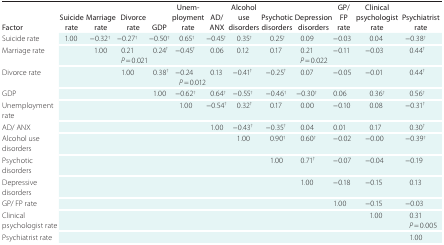
| Factor | Suicide rate | Marriage rate | Divorce rate | GDP | Unemployment rate | AD/ ANX | Alcohol use disorders | Psychotic disorders | Depression disorders | GP/FP rate | Clinical psychologist rate | Psychiatrist rate |
 | --- | --- | --- | --- | --- | --- | --- | --- | --- | --- | --- | --- | --- |
 | Suicide rate | 1.00 | −0.32 † | −0.27 † | −0.50 † | 0.65 † | −0.45 † | 0.35 † | 0.25 † | 0.09 | −0.03 | 0.04 | −0.38 † |
 | Marriage rate |  | 1.00 | 0.21 P = 0.021 | 0.24 † | −0.45 † | 0.06 | 0.12 | 0.17 | 0.21 P = 0.022 | −0.11 | −0.03 | 0.44 † |
 | Divorce rate |  |  | 1.00 | 0.38 † | −0.24 P = 0.012 | 0.13 | −0.41 † | −0.25 † | 0.07 | −0.05 | −0.01 | 0.44 † |
 | GDP |  |  |  | 1.00 | −0.62 † | 0.64 † | −0.55 † | −0.46 † | −0.30 † | 0.06 | 0.36 † | 0.56 † |
 | Unemploy-ment rate |  |  |  |  | 1.00 | −0.54 † | 0.32 † | 0.17 | 0.00 | −0.10 | 0.08 | −0.31 † |
 | AD/ ANX |  |  |  |  |  | 1.00 | −0.43 † | −0.35 † | 0.04 | 0.01 | 0.17 | 0.30 † |
 | Alcohol use disorders |  |  |  |  |  |  | 1.00 | 0.90 † | 0.60 † | −0.02 | −0.00 | −0.39 † |
 | Psychotic disorders |  |  |  |  |  |  |  | 1.00 | 0.71 † | −0.07 | −0.04 | −0.19 |
 | Depressive disorders |  |  |  |  |  |  |  |  | 1.00 | −0.18 | −0.15 | 0.13 |
 | GP/ FP rate |  |  |  |  |  |  |  |  |  | 1.00 | −0.15 | −0.03 |
 | Clinical psychologist rate |  |  |  |  |  |  |  |  |  |  | 1.00 | 0.31 P = 0.005 |
 | Psychiatrist rate |  |  |  |  |  |  |  |  |  |  |  | 1.00 |